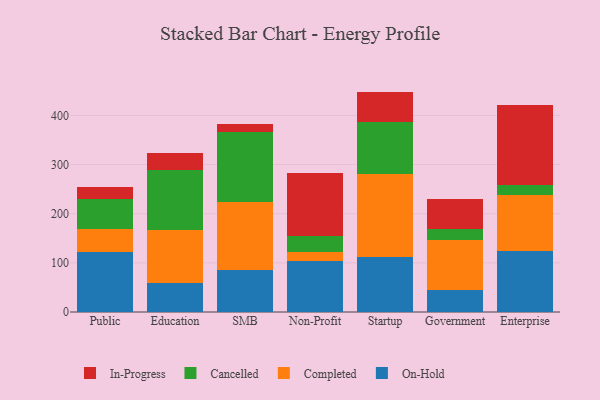
{"axis": {"x": "Segment", "y": "Operating Costs (USD K)"}, "legend": ["Cancelled", "Completed", "In-Progress", "On-Hold"], "data": [{"x": "Public", "y": 122.6, "type": "On-Hold"}, {"x": "Public", "y": 46.1, "type": "Completed"}, {"x": "Public", "y": 61.2, "type": "Cancelled"}, {"x": "Public", "y": 24.1, "type": "In-Progress"}, {"x": "Education", "y": 60.0, "type": "On-Hold"}, {"x": "Education", "y": 107.7, "type": "Completed"}, {"x": "Education", "y": 121.0, "type": "Cancelled"}, {"x": "Education", "y": 33.9, "type": "In-Progress"}, {"x": "SMB", "y": 86.2, "type": "On-Hold"}, {"x": "SMB", "y": 136.8, "type": "Completed"}, {"x": "SMB", "y": 144.2, "type": "Cancelled"}, {"x": "SMB", "y": 14.3, "type": "In-Progress"}, {"x": "Non-Profit", "y": 103.1, "type": "On-Hold"}, {"x": "Non-Profit", "y": 18.3, "type": "Completed"}, {"x": "Non-Profit", "y": 32.6, "type": "Cancelled"}, {"x": "Non-Profit", "y": 128.4, "type": "In-Progress"}, {"x": "Startup", "y": 112.5, "type": "On-Hold"}, {"x": "Startup", "y": 169.1, "type": "Completed"}, {"x": "Startup", "y": 105.4, "type": "Cancelled"}, {"x": "Startup", "y": 61.4, "type": "In-Progress"}, {"x": "Government", "y": 45.7, "type": "On-Hold"}, {"x": "Government", "y": 100.9, "type": "Completed"}, {"x": "Government", "y": 21.3, "type": "Cancelled"}, {"x": "Government", "y": 61.6, "type": "In-Progress"}, {"x": "Enterprise", "y": 125.1, "type": "On-Hold"}, {"x": "Enterprise", "y": 112.8, "type": "Completed"}, {"x": "Enterprise", "y": 21.5, "type": "Cancelled"}, {"x": "Enterprise", "y": 160.9, "type": "In-Progress"}]}